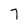
Character: 7